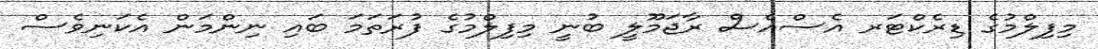
މިފިލްމުގެ ޑިރެކްޓަރ އެސްއެސް ރާޖަމޫލީ ބުނީ މިފިލްމުގެ ފުރަތަމަ ބައި ނިންމަން އެކަނިވެސް